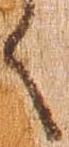
く